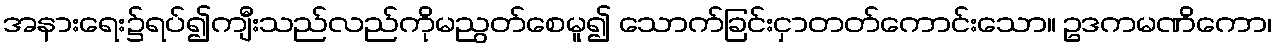
အနားရေး၌ရပ်၍ကျီးသည်လည်ကိုမညွတ်စေမူ၍ သောက်ခြင်းငှာတတ်ကောင်းသော။ ဥဒကမဏိကော၊